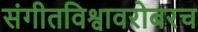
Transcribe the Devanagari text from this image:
संगीतविश्वावरोबरच